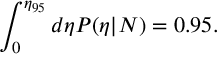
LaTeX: \int _ { 0 } ^ { \eta _ { 9 5 } } d \eta P ( \eta | { \cal N } ) = 0 . 9 5 .